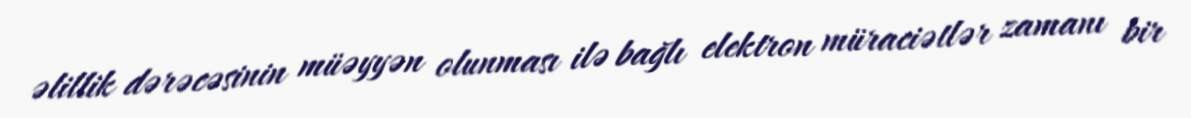
əlillik dərəcəsinin müəyyən olunması ilə bağlı elektron müraciətlər zamanı bir